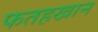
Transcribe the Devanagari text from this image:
फतहखान